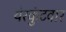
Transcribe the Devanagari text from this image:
येरकुंटवार